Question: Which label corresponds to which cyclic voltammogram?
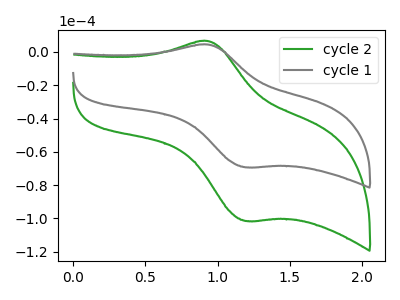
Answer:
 <answer>The green curve is labeled "cycle 2". The gray curve is labeled "cycle 1".</answer>
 <eval></eval>